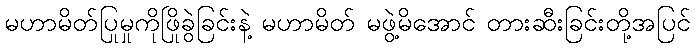
မဟာမိတ်ပြုမှုကိုဖြိုခွဲခြင်းနဲ့ မဟာမိတ် မဖွဲ့မိအောင် တားဆီးခြင်းတို့အပြင်